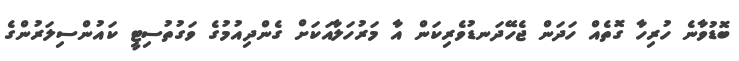
ބޮޑުވާނެ ހުރިހާ ގޮތެއް ހަދަން ޖެހޭދަނޑުވެރިކަން އާ މަރުހަލާއަކަށް ގެންދިއުމުގެ ވަގުތުސިޓީ ކައުންސިލަރުންގެ